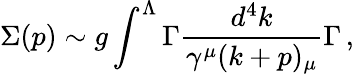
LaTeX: \Sigma(p)\sim g\int^{\Lambda}\Gamma\frac{d^{4}k}{\gamma^{\mu}(k+p)_{\mu}}\Gamma\, ,